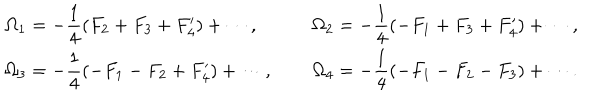
\renewcommand { \arraystretch } { 2 } \begin{array} { l c l } { { \displaystyle \Omega _ { 1 } = - \frac { 1 } { 4 } ( F _ { 2 } + F _ { 3 } + F _ { 4 } ^ { \prime } ) + \cdots , } } & { { ~ } } & { { \displaystyle \Omega _ { 2 } = - \frac { 1 } { 4 } ( - F _ { 1 } + F _ { 3 } + F _ { 4 } ^ { \prime } ) + \cdots , } } \\ { { \displaystyle \Omega _ { 3 } = - \frac { 1 } { 4 } ( - F _ { 1 } - F _ { 2 } + F _ { 4 } ^ { \prime } ) + \cdots , } } & { { ~ } } & { { \displaystyle \Omega _ { 4 } = - \frac { 1 } { 4 } ( - F _ { 1 } - F _ { 2 } - F _ { 3 } ) + \cdots . } } \\ \end{array}